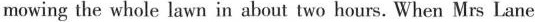
mowing the whole lawn in about two hours. When Mrs Lane